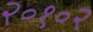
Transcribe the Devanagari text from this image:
२०१०२